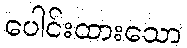
ပေါင်းထားသော